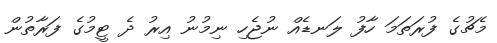
މެޗުގެ ފުރަތަމަ ހާފު ލަނޑެއް ނުޖެހި ނިމުނު އިރު ދެ ޓީމުގެ ފަރާތުން